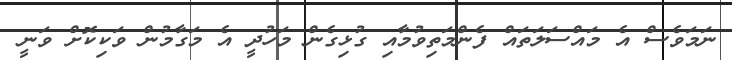
ނަމަވެސް އެ މައްސަލަތައް ފެންމަތިވުމާއި ގުޅިގެން މަހުދީ އެ މަގާމުން ވަކިކޮށް ވަނީ